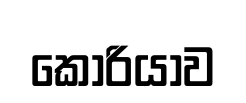
කොරියාව